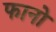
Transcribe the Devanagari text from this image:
फानो